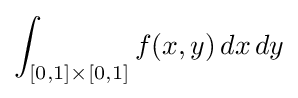
\int _{[0,1]\times [0,1]}f(x,y)\,dx\,dy